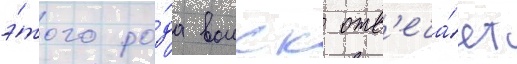
э́того ро́да воиск отв'еча́ет